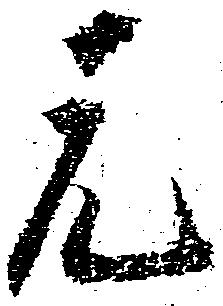
元